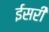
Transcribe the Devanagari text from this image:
ईसरी